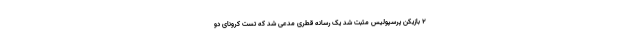
2 بازیکن پرسپولیس مثبت شد یک رسانه قطری مدعی شد که تست کرونای دو